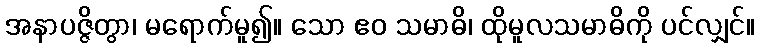
အနာပဇ္ဇိတွာ၊ မရောက်မူ၍။ သော ဧဝ သမာဓိ၊ ထိုမူလသမာဓိကို ပင်လျှင်။